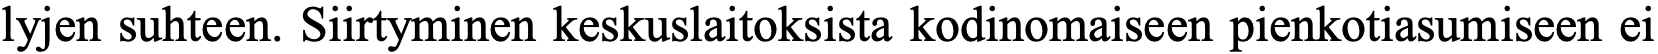
lyjen suhteen. Siirtyminen keskuslaitoksista kodinomaiseen pienkotiasumiseen ei